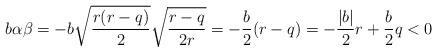
LaTeX: \begin{align*} b\alpha\beta = -b\sqrt{\frac{r(r-q)}{2}}\sqrt{\frac{r-q}{2r}} = -\frac{b}{2}(r-q) = -\frac{|b|}{2}r+\frac{b}{2}q < 0 \end{align*}